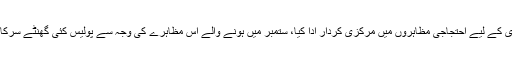
دوسری جانب پراسیکیوٹرز کا کہنا تھا کہ ان دونوں افراد نے بارسلونا میں آزادی کے لیے احتجاجی مظاہروں میں مرکزی کردار ادا کیا، ستمبر میں ہونے والے اس مظاہرے کی وجہ سے پولیس کئی گھنٹے سرکاری عمارت میں پھنسی رہی تھی جبکہ ان کی گاڑیاں بھی تباہ کردی گئی تھیں۔